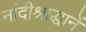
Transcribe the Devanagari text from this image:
नांदीश्राद्धानें